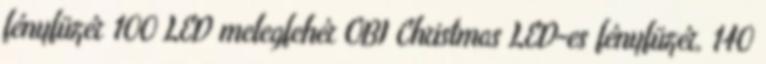
fényfüzér 100 LED melegfehér OBI Christmas LED-es fényfüzér, 140